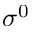
\sigma ^ { 0 }